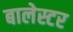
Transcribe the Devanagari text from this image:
बालेस्टर